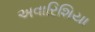
અવારિશિયા